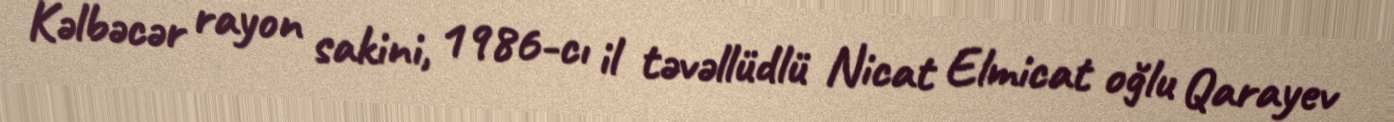
Kəlbəcər rayon sakini, 1986-cı il təvəllüdlü Nicat Elmicat oğlu Qarayev